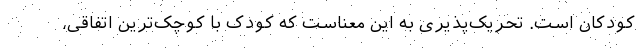
کودکان است. تحریک‌پذیری به این معناست که کودک با کوچک‌ترین اتفاقی،